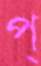
প্